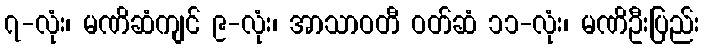
၇-လုံး၊ မဏိဆံကျင် ၉-လုံး၊ အာသာဝတီ ဝတ်ဆံ ၁၁-လုံး၊ မဏိဦးပြည်း